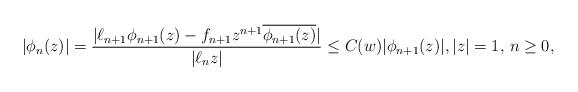
LaTeX: \begin{align*}|\phi_n(z)|=\frac{|\ell_{n+1}\phi_{n+1}(z)-f_{n+1}z^{n+1}\overline{\phi_{n+1}(z)}|}{|\ell_n z|}\le C(w)|\phi_{n+1}(z)|,|z|=1,\, n\ge0,\end{align*}